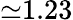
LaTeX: {\simeq}1.23